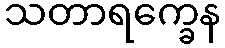
သတာရက္ခေန